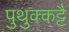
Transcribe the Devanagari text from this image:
पुथुक्कट्टै